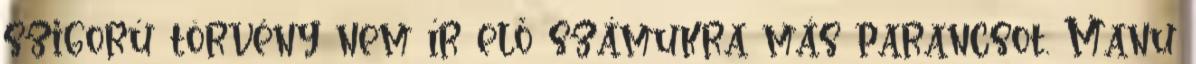
szigorú törvény nem ír elő számukra más parancsot. Manu